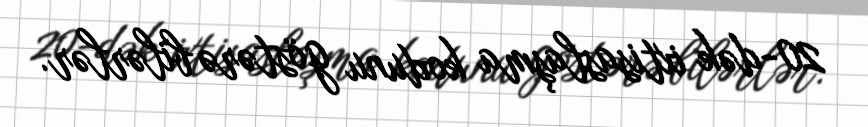
20-dək ixtisaslaşma kodunu göstərə bilərlər.